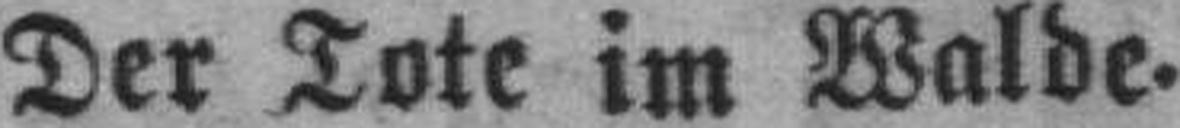
Der Tote im Walde.